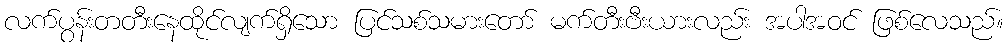
လက်ပွန်းတတီးနေထိုင်လျက်ရှိသော ပြင်သစ်သမားတော် မက်တီးဗီးယားလည်း အပါအဝင် ဖြစ်လေသည်။